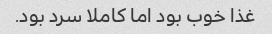
غذا خوب بود اما کاملا سرد بود.